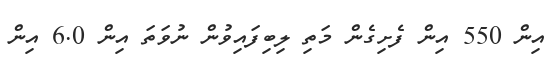
އިން 550 އިން ފެށިގެން މަތި ލިބިފައިވުން ނުވަތަ އިން 6.0 އިން